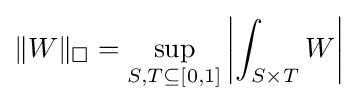
\|W\|_{\square }=\sup _{S,T\subseteq [0,1]}\left|\int _{S\times T}W\right|